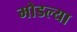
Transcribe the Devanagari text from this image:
मोडल्या